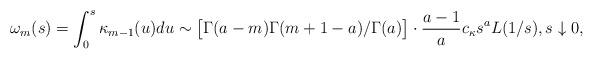
LaTeX: \begin{align*}\omega_m(s) = \int_0^s\kappa_{m-1}(u)du \sim \big[\Gamma(a-m)\Gamma(m+1-a)/\Gamma(a)\big] \cdot\frac {a-1} {a} c_{\kappa} s^{a}L(1/s),s\downarrow 0,\end{align*}